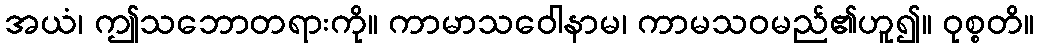
အယံ၊ ဤသဘောတရားကို။ ကာမာသဝေါနာမ၊ ကာမသဝမည်၏ဟူ၍။ ဝုစ္စတိ။